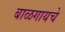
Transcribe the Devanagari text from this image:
बाळगायचे